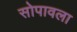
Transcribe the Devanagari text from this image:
सोपावला